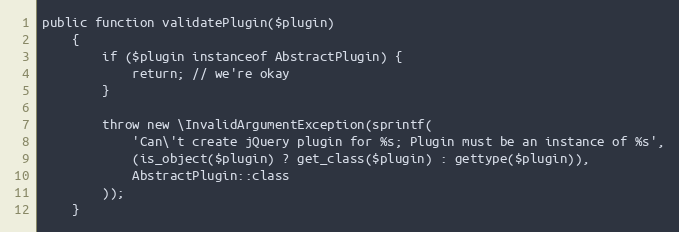
Language: PHP
public function validatePlugin($plugin)
    {
        if ($plugin instanceof AbstractPlugin) {
            return; // we're okay
        }

        throw new \InvalidArgumentException(sprintf(
            'Can\'t create jQuery plugin for %s; Plugin must be an instance of %s',
            (is_object($plugin) ? get_class($plugin) : gettype($plugin)),
            AbstractPlugin::class
        ));
    }